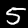
Digit: 5